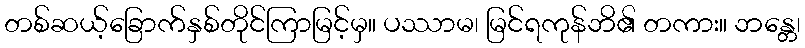
တစ်ဆယ့်ခြောက်နှစ်တိုင်ကြာမြင့်မှ။ ပဿာမ၊ မြင်ရကုန်ဘိ၏ တကား။ ဘန္တေ၊